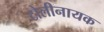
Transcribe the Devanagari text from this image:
टोलीनायक